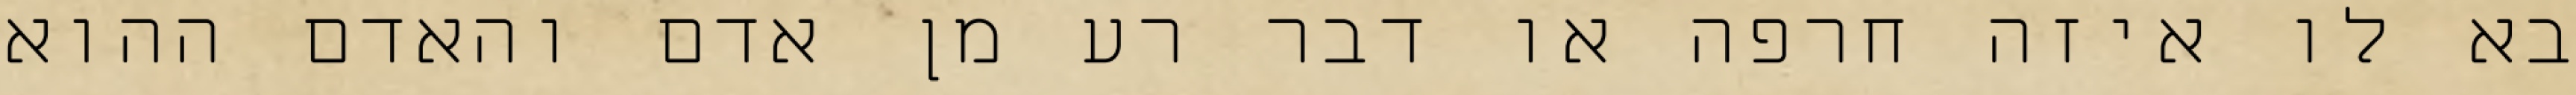
בא לו איזה חרפה או דבר רע מן אדם והאדם ההוא